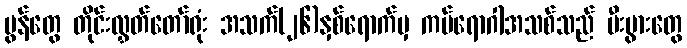
မွန်တွေ တိုင်းလွှတ်တော်ရုံး အသက်(၂၆)နှစ်ရောက်မှ ကပ်ရောဂါအသစ်သည် မီးပွားတွေ